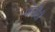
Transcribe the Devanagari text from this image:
पॉलीटी